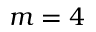
m = 4